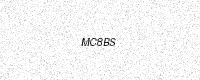
Text: MC8BS